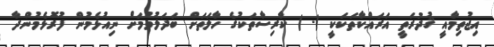
އިޖުތިމާއީ ޤުދުރަތީ އަރައްކާތަކަކީ (- ) ކާރިސާތަކުގެ ހާލަތަށް ބަދަލުވުމަށް ނިއުޅެމުން ފުރޮޅެމުންދާ